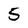
Character: 5